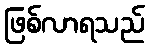
ဖြစ်လာရသည်